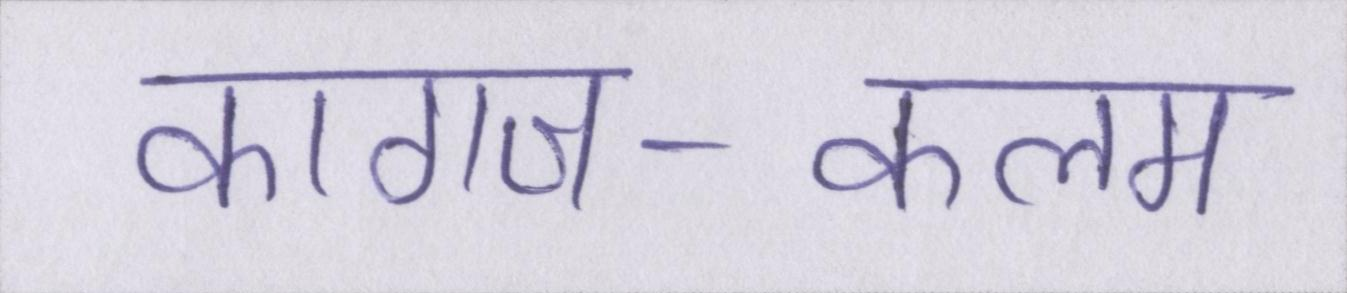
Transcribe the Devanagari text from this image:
कागज-कलम